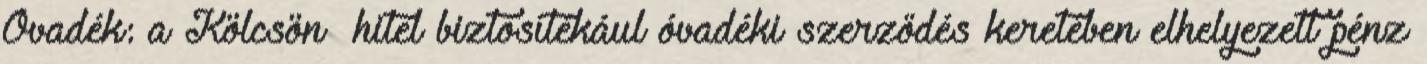
Óvadék: a Kölcsön hitel biztosítékául óvadéki szerződés keretében elhelyezett pénz